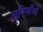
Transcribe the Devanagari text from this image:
सुविधाँओ